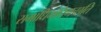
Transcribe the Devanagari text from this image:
समाधिमधिगच्छति